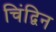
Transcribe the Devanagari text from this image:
चिंद्विन